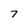
Character: 7